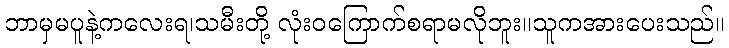
ဘာမှမပူနဲ့ကလေးရ၊သမီးတို့ လုံးဝကြောက်စရာမလိုဘူး။သူကအားပေးသည်။